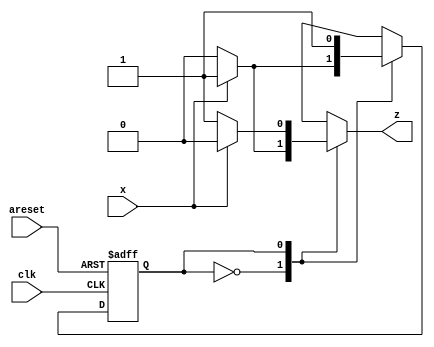
module top_module (
    input clk,
    input areset,
    input x,
    output reg z
); 
    parameter S0=0, S1= 1; // Binary Encoding
    reg state, next_state ;
    
    always @(posedge clk,posedge areset)begin
        if(areset)
            state <= S0;
        else
            state <= next_state ;
    end
    
    always @(*)begin
        case(state)
            S0: begin
                next_state = x ? S1:S0 ;
                z = x ? 1'b1: 1'b0 ;
            end
            S1: begin
                next_state = x ? S1:S1 ;
                z = x ? 1'b0: 1'b1 ; 
            end
        endcase
    end

endmodule